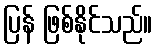
ပြန် ဖြစ်နိုင်သည်။